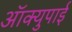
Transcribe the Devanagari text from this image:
ऑक्युपाई